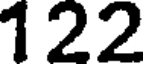
122